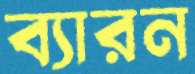
ব্যারন